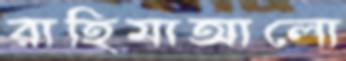
রাহিমাআলো